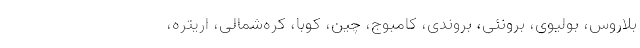
بلاروس، بولیوی، برونئی، بروندی، کامبوج، چین، کوبا، کره‌شمالی، اریتره،